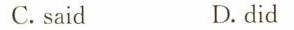
C.said D.did